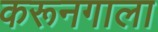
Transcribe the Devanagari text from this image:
करूनगाला